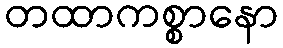
တထာကစ္စာနော